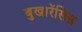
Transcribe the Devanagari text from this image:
बुखारेंसिस